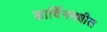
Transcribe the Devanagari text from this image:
डार्विनमधील